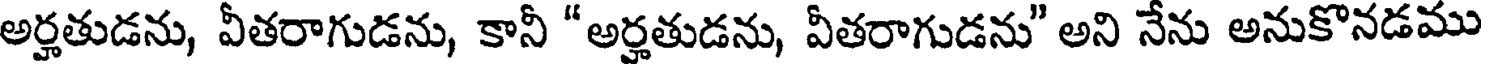
అర్హతుడను, వీతరాగుడను, కానీ "అర్హతుడను, వీతరాగుడను" అని నేను అనుకొనడము